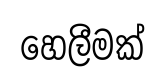
හෙලීමක්